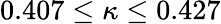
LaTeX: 0.407\leq\kappa\leq 0.427